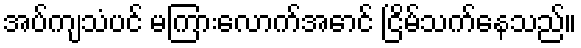
အပ်ကျသံပင် မကြားလောက်အောင် ငြိမ်သက်နေသည်။